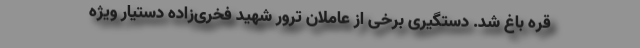
قره باغ شد. دستگیری برخی از عاملان ترور شهید فخری‌زاده دستیار ویژه